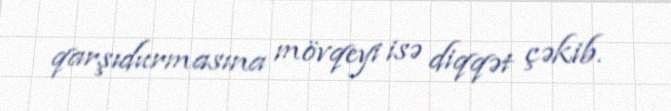
qarşıdurmasına mövqeyi isə diqqət çəkib.